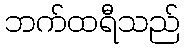
ဘက်ထရီသည်